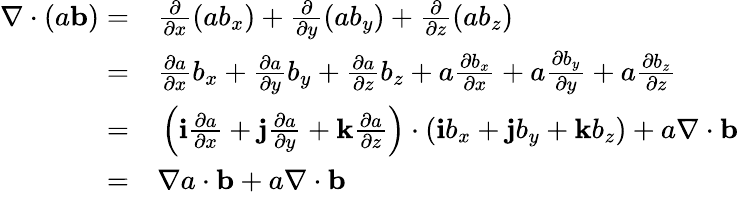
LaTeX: \begin{array}{rl}{\nabla\cdot(a{\mathbf b})=}&{{}\frac{\partial}{\partial x}(ab_{x})+\frac{\partial}{\partial y}(ab_{y})+\frac{\partial}{\partial z}(ab_{z})}\\ {=}&{{}\frac{\partial a}{\partial x}b_{x}+\frac{\partial a}{\partial y}b_{y}+\frac{\partial a}{\partial z}b_{z}+a\frac{\partial b_{x}}{\partial x}+a\frac{\partial b_{y}}{\partial y}+a\frac{\partial b_{z}}{\partial z}}\\ {=}&{{}\left(\mathbf{i}\frac{\partial a}{\partial x}+\mathbf{j}\frac{\partial a}{\partial y}+\mathbf{k}\frac{\partial a}{\partial z}\right)\cdot(\mathbf{i}b_{x}+\mathbf{j}b_{y}+\mathbf{k}b_{z})+a\nabla\cdot{\mathbf b}}\\ {=}&{{}\nabla a\cdot{\mathbf b}+a\nabla\cdot{\mathbf b}}\end{array}